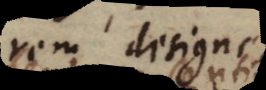
rem design.